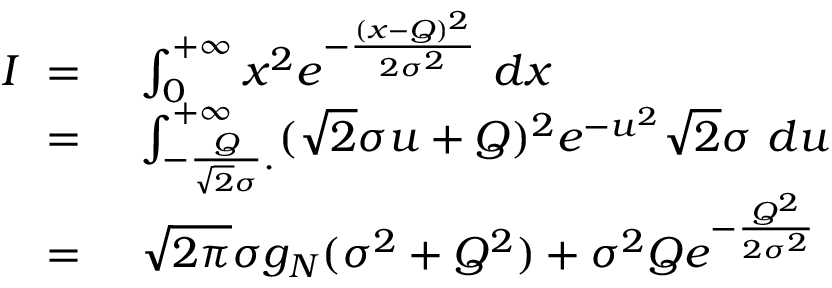
\begin{array} { r l } { I \ = \ } & { \int _ { 0 } ^ { + \infty } x ^ { 2 } e ^ { - \frac { ( x - Q ) ^ { 2 } } { 2 \sigma ^ { 2 } } } \ d x } \\ { \ = \ } & { \int _ { - \frac { Q } { \sqrt { 2 } \sigma } . } ^ { + \infty } ( \sqrt { 2 } \sigma u + Q ) ^ { 2 } e ^ { - u ^ { 2 } } \sqrt { 2 } \sigma \ d u } \\ { \ = \ } & { \sqrt { 2 \pi } \sigma g _ { N } ( \sigma ^ { 2 } + Q ^ { 2 } ) + \sigma ^ { 2 } Q e ^ { - \frac { Q ^ { 2 } } { 2 \sigma ^ { 2 } } } } \end{array}